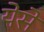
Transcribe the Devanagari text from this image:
येसे